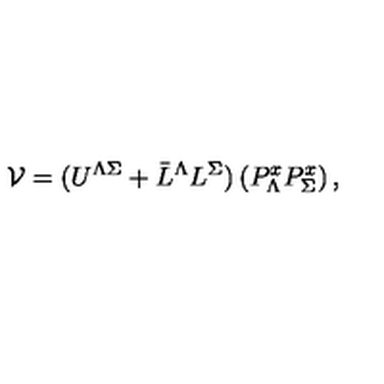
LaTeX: { \cal V } = ( U ^ { \Lambda \Sigma } + \bar { L } ^ { \Lambda } L ^ { \Sigma } ) \left( P _ { \Lambda } ^ { x } P _ { \Sigma } ^ { x } \right) ,